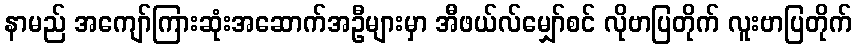
နာမည် အကျော်ကြားဆုံးအဆောက်အဦများမှာ အီဖယ်လ်မျှော်စင် လိုဗာပြတိုက် လူးဗာပြတိုက်